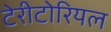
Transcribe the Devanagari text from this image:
टेरीटोरियल